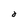
Character: d